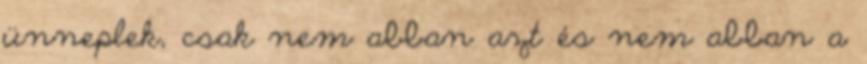
ünneplek, csak nem abban azt és nem abban a